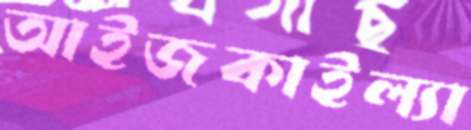
আইজকাইল্যা